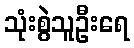
သုံးစွဲသူဦးရေ